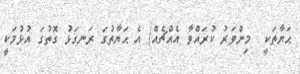
ޙަޔާތަކީ  މިންވަރު ކުރައްވާ އެއްޗެއް/ އެ ޙަޔާތުގަ ރަނގަޅު ގޮތުގަ އުޅުމަކީ